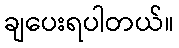
ချပေးရပါတယ်။